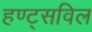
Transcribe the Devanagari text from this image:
हण्ट्सविल